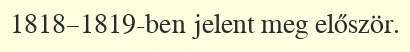
1818–1819-ben jelent meg először.